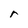
Character: r